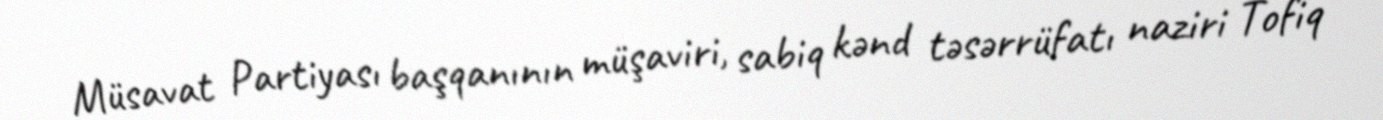
Müsavat Partiyası başqanının müşaviri, sabiq kənd təsərrüfatı naziri Tofiq